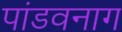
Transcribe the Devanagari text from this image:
पांडवनाग